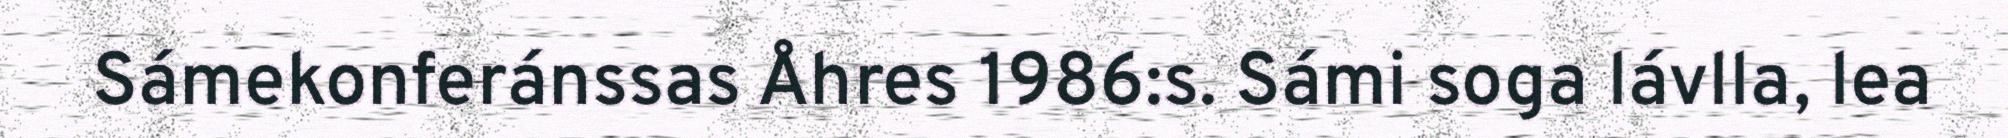
Sámekonferánssas Åhres 1986:s. Sámi soga lávlla, lea